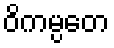
ဝိကမ္ပတေ